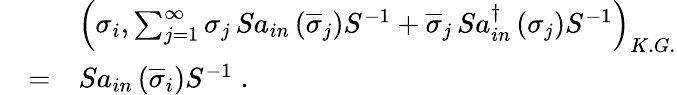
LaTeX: \begin{array}{lll}{{}}&{{\ }}&{{\left(\sigma_{i},\sum_{j=1}^{\infty}\sigma_{j}\, Sa_{in}\left(\overline{{{\sigma}}}_{j}\right)S^{-1}+\overline{{{\sigma}}}_{j}\, Sa_{in}^{\dagger}\left(\sigma_{j}\right)S^{-1}\right)_{K.G.}}}\\ {{}}&{{=}}&{{Sa_{in}\left(\overline{{{\sigma}}}_{i}\right)S^{-1}\; .}}\end{array}